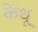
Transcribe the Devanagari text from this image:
केथू